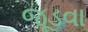
જૂડવા